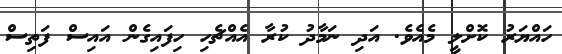
ހައްޔަރު ކޮށްލީ މެއެވެ. އަދި ނަމާދު ކުރާ އެއްޗެހި ހިފައިގެން އައިސް ފަތިސް